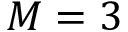
M = 3